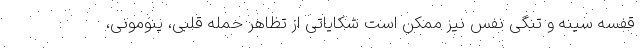
قفسه سینه و تنگی نفس نیز ممکن است شکایاتی از تظاهر حمله قلبی، پنومونی،